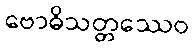
ဗောဓိသတ္တဿေဝ